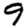
Digit: 9